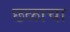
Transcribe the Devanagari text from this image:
छळाचा